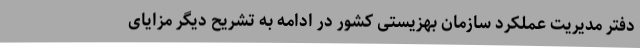
دفتر مدیریت عملکرد سازمان بهزیستی کشور در ادامه به تشریح دیگر مزایای